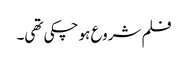
فلم شروع ہو چکی تھی۔